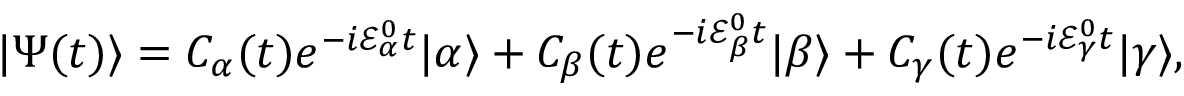
| \Psi ( t ) \rangle = C _ { \alpha } ( t ) e ^ { - i \mathcal { E } _ { \alpha } ^ { 0 } t } | \alpha \rangle + C _ { \beta } ( t ) e ^ { - i \mathcal { E } _ { \beta } ^ { 0 } t } | \beta \rangle + C _ { \gamma } ( t ) e ^ { - i \mathcal { E } _ { \gamma } ^ { 0 } t } | \gamma \rangle ,